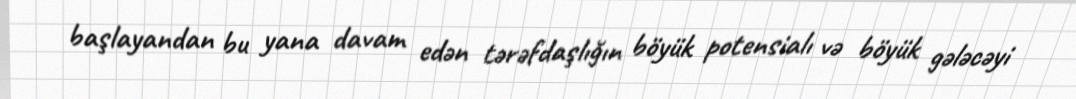
başlayandan bu yana davam edən tərəfdaşlığın böyük potensialı və böyük gələcəyi